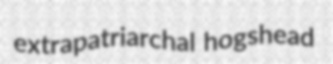
extrapatriarchal hogshead